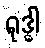
ရုဒ္ဓါ